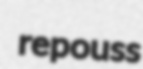
repouss